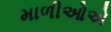
માળીઓએ